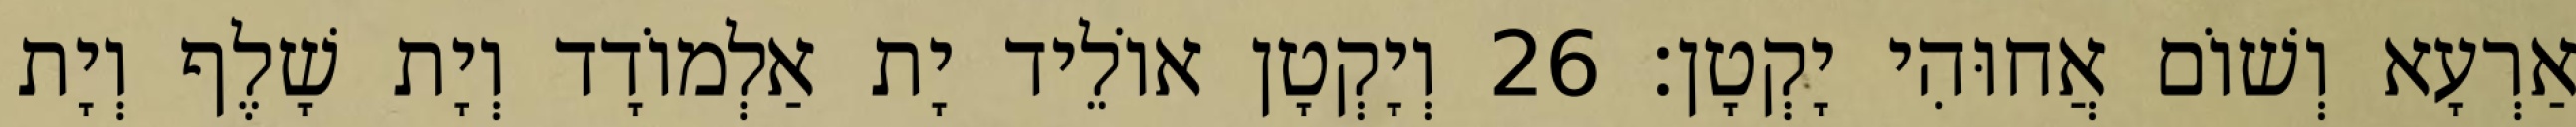
אַרְעָא וְשׁוֹם אֲחוּהִי יָקְטָן׃ 26 וְיָקְטָן אוֹלֵיד יָת אַלְמוֹדָד וְיָת שָׁלֶף וְיָת